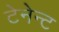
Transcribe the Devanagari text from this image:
टेनेन्ट